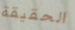
الحقيقة